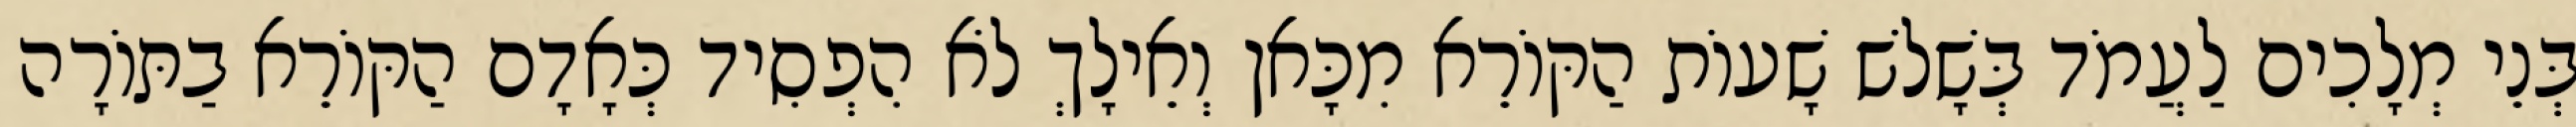
בְּנֵי מְלָכִים לַעֲמֹד בְּשָׁלֹשׁ שָׁעוֹת הַקּוֹרֵא מִכָּאן וְאֵילָךְ לֹא הִפְסִיד כְּאָדָם הַקּוֹרֵא בַתּוֹרָה